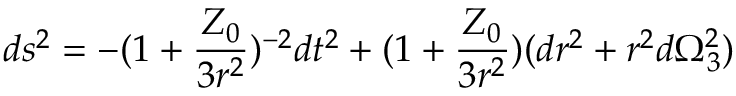
d s ^ { 2 } = - ( 1 + \frac { Z _ { 0 } } { 3 r ^ { 2 } } ) ^ { - 2 } d t ^ { 2 } + ( 1 + \frac { Z _ { 0 } } { 3 r ^ { 2 } } ) ( d r ^ { 2 } + r ^ { 2 } d \Omega _ { 3 } ^ { 2 } )